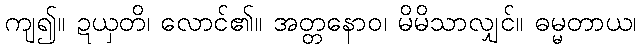
ကျ၍။ ဍယှတိ၊ လောင်၏။ အတ္တနောဝ၊ မိမိသာလျှင်။ ဓမ္မတာယ၊